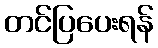
တင်ပြပေးရန်